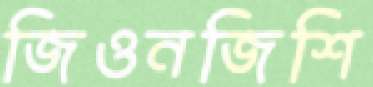
জিওনজিশি